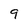
Character: 9